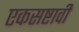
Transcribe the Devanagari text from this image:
एकसष्टावी